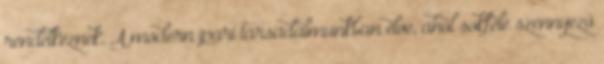
rendelkeznek. A modern ipari társadalmunkban élve, ahol sokféle szennyező